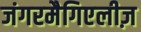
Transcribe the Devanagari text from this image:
जंगरमैगिएलीज़